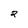
Character: 2